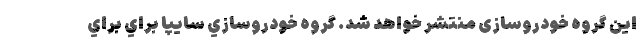
این گروه خودروسازی منتشر خواهد شد. گروه خودروسازي سايپا براي براي